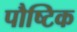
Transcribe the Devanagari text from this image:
पौष्‍िटक